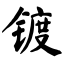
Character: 镀